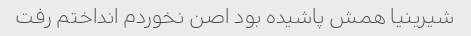
شیرینیا همش پاشیده بود اصن نخوردم انداختم رفت